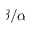
\beta / \alpha